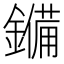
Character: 𮣆